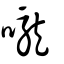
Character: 嚨